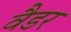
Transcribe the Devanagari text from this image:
वैडर